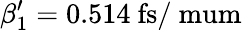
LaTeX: \beta_{1}^{\prime}=0.514~\mathrm{fs/\ mum}